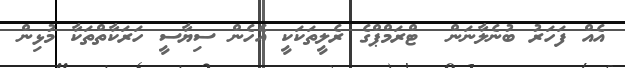
އެއް ފަހަރު ބުނެލާނަން  ޓްރަމްޕްގެ ރެލީތަކަކީ އެހެން ސިޔާސީ ހަރަކާތްތަކާ މުޅިން